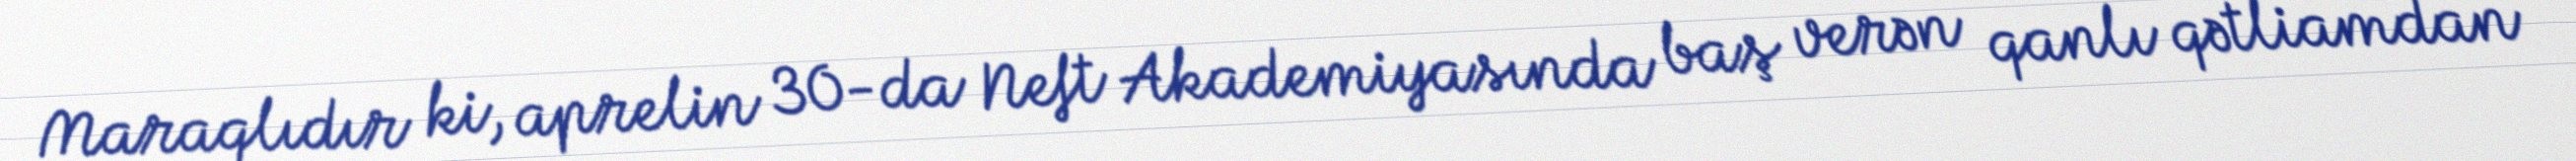
Maraqlıdır ki, aprelin 30-da Neft Akademiyasında baş verən qanlı qətliamdan